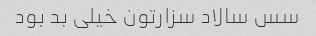
سس سالاد سزارتون خیلی بد بود